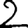
Digit: 2